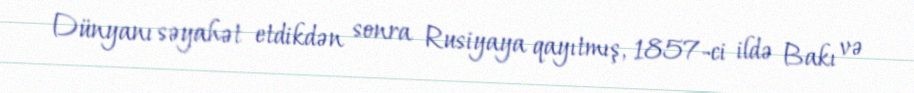
Dünyanı səyahət etdikdən sonra Rusiyaya qayıtmış, 1857-ci ildə Bakı və